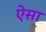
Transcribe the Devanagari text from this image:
ऐेसा